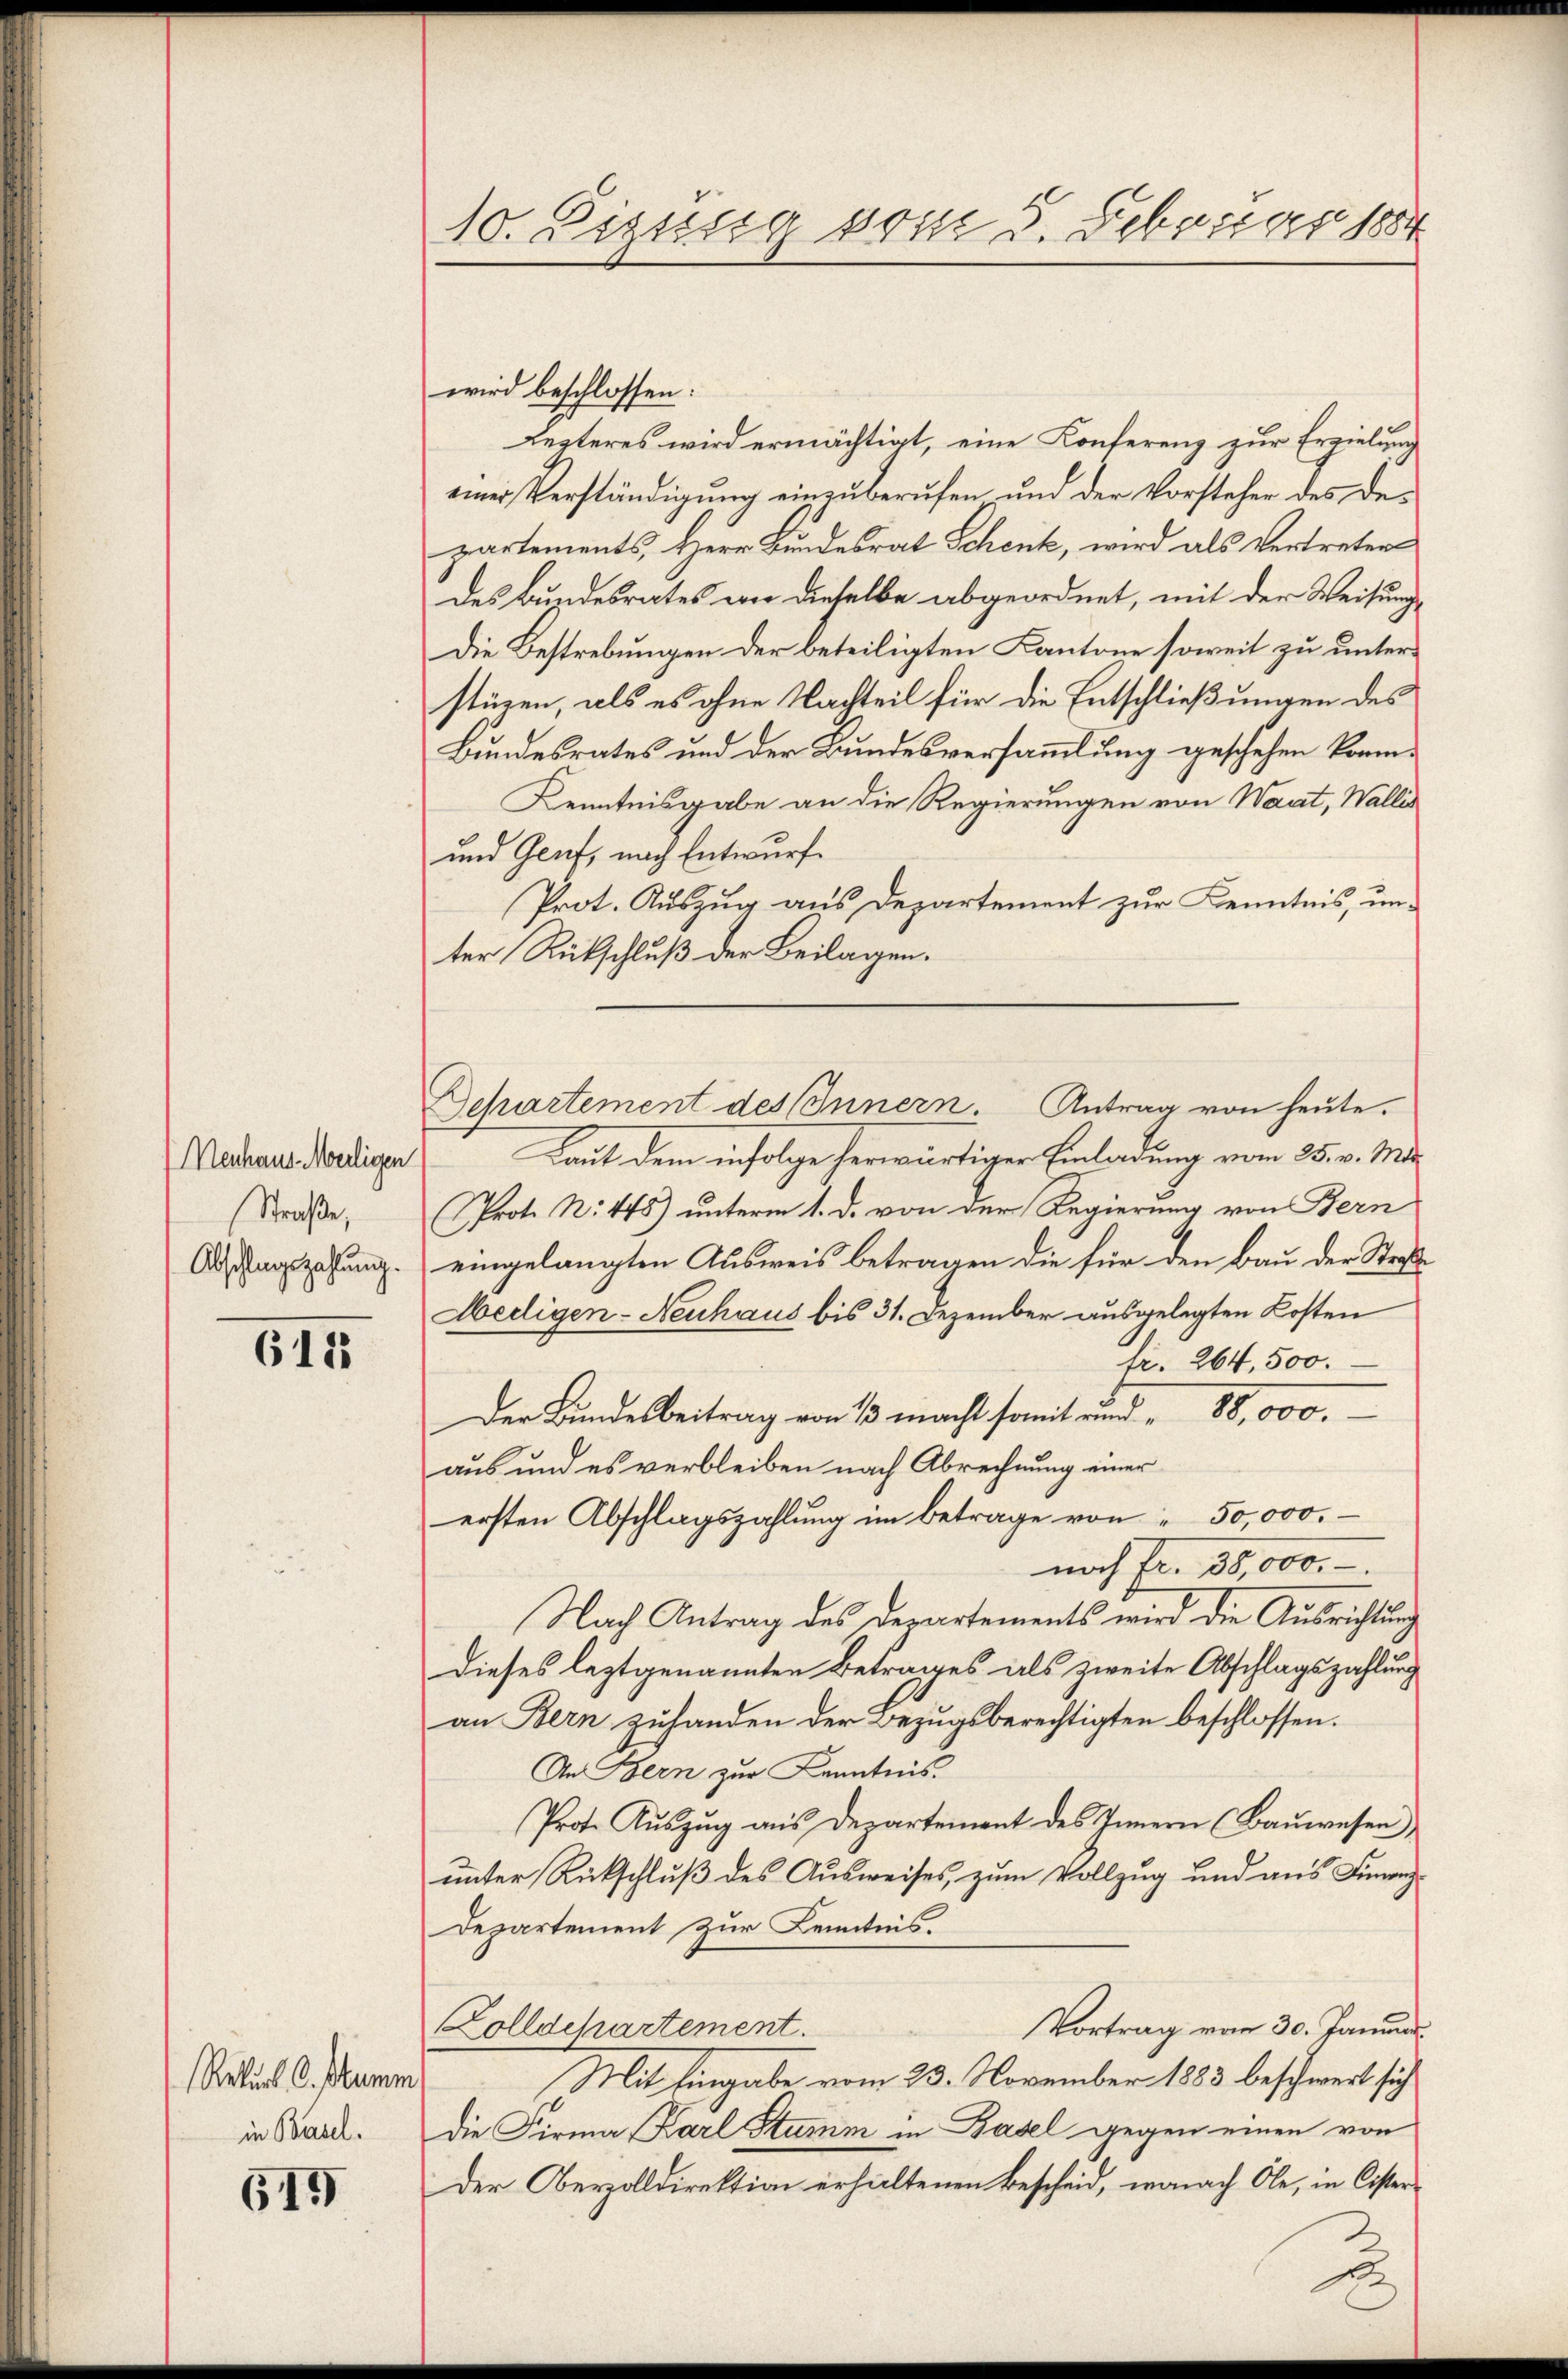
Menhaus-Meiligen
Straße,
Abschlagszahlung.

6155

Retur C. Stumm
in Basel.

619

10. Disssig vom 3. Februar 1884

Departement des Innern. Antrag von heute.

wird beschlossen:
Lezteres wird ermächtigt, eine Konferenz zur Erzielung
einer Verständigung einzuberufen und der Vorsteher des Departements, Herr Bundesrat Schenk, wird als Vertreters
des Bundesrates an dieselbe abgeordnet, mit der Weisungs¬
Die Bestrebungen der beteiligten Kantone soweit zu unterstüren, als es ohne Nachteil für die Entschließungen des
Bundesrates und der Bundesversammlung geschehen könn¬
Kenntnisgabe an die Regierungen von Waat, Wallis
und Genf, nach Entwurf
Prot. Auszug aus Departement zur Kenntnis, unter Rückschluß der Beilagen.
Laut dem infolge herwärtiger Einladung vom 25. v. Ma
Prot. N. 445) unterm 1. d. von der Regierung von Bern
eingelangten Ausweis betragen die für den Bau der Straße
Hedigen-Neuhaus bis 31. Dezember ausgelegten Kosten
fr. 264. 500.
Der Bundesbeitrag von 1/3 macht somit rund „ 88,000.
aus und es verbleiben nach Abrechnung einer
ersten Abschlagszahlung im betrage von " 50,000.
nach Fr. 30,000.-
Nach Antrag des Departements wird die Ausrichtung
dieses leztgenannten Betrages als zweite Abschlagszahlung
an Bern zuhanden der Bezugsberechtigten beschlossen.
An Bern zur Kenntnis.
Prote Aŭszŭg aŭs Departement des Innern (Baŭwesen),
unter Rückschluß des Ausweises, zum Vollzug und aus Finanz¬
Departement zur Kenntnis.
Vortrag von 30. Januar.
olldepartement.
Mit Eingabe vom 23. November 1883 beschwert sich
Die Firma (Karl Stumm in Basel gegen einen von
Der Oberzolldirektion erhaltenen Bescheid, wonach Ole, in Cister¬